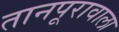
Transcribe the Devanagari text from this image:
तानपूरावाला